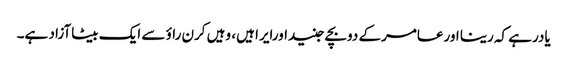
یادرہے کہ رینا اورعامرکے دوبچے جنیداورایرا ہیں، وہیں کرن راؤ سے ایک بیٹاآزاد ہے۔